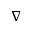
\nabla